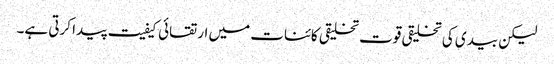
لیکن بیدی کی تخلیقی قوت تخلیقی کائنات میں ارتقائی کیفیت پیدا کرتی ہے۔